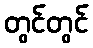
တွင်တွင်